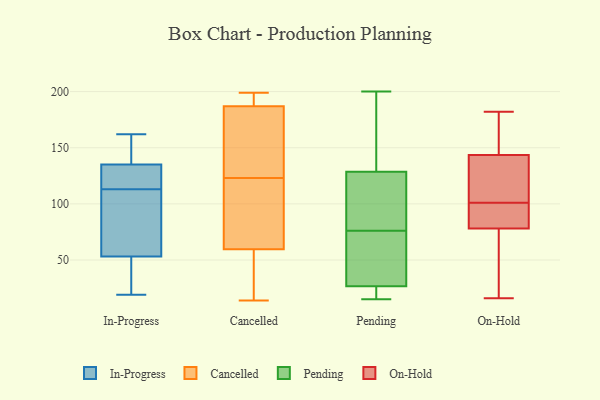
{"axis": {"x": "Bounce Rate (%)", "y": "Value"}, "legend": ["Cancelled", "In-Progress", "On-Hold", "Pending"], "data": [{"x": "", "y": 81, "type": "In-Progress"}, {"x": "", "y": 151, "type": "In-Progress"}, {"x": "", "y": 93, "type": "In-Progress"}, {"x": "", "y": 51, "type": "In-Progress"}, {"x": "", "y": 53, "type": "In-Progress"}, {"x": "", "y": 122, "type": "In-Progress"}, {"x": "", "y": 109, "type": "In-Progress"}, {"x": "", "y": 119, "type": "In-Progress"}, {"x": "", "y": 117, "type": "In-Progress"}, {"x": "", "y": 162, "type": "In-Progress"}, {"x": "", "y": 135, "type": "In-Progress"}, {"x": "", "y": 51, "type": "In-Progress"}, {"x": "", "y": 86, "type": "In-Progress"}, {"x": "", "y": 153, "type": "In-Progress"}, {"x": "", "y": 19, "type": "In-Progress"}, {"x": "", "y": 136, "type": "In-Progress"}, {"x": "", "y": 118, "type": "In-Progress"}, {"x": "", "y": 22, "type": "In-Progress"}, {"x": "", "y": 62, "type": "Cancelled"}, {"x": "", "y": 104, "type": "Cancelled"}, {"x": "", "y": 196, "type": "Cancelled"}, {"x": "", "y": 163, "type": "Cancelled"}, {"x": "", "y": 128, "type": "Cancelled"}, {"x": "", "y": 60, "type": "Cancelled"}, {"x": "", "y": 118, "type": "Cancelled"}, {"x": "", "y": 93, "type": "Cancelled"}, {"x": "", "y": 53, "type": "Cancelled"}, {"x": "", "y": 158, "type": "Cancelled"}, {"x": "", "y": 155, "type": "Cancelled"}, {"x": "", "y": 30, "type": "Cancelled"}, {"x": "", "y": 21, "type": "Cancelled"}, {"x": "", "y": 199, "type": "Cancelled"}, {"x": "", "y": 184, "type": "Cancelled"}, {"x": "", "y": 190, "type": "Cancelled"}, {"x": "", "y": 59, "type": "Cancelled"}, {"x": "", "y": 14, "type": "Cancelled"}, {"x": "", "y": 198, "type": "Cancelled"}, {"x": "", "y": 199, "type": "Cancelled"}, {"x": "", "y": 103, "type": "Pending"}, {"x": "", "y": 54, "type": "Pending"}, {"x": "", "y": 185, "type": "Pending"}, {"x": "", "y": 75, "type": "Pending"}, {"x": "", "y": 156, "type": "Pending"}, {"x": "", "y": 15, "type": "Pending"}, {"x": "", "y": 200, "type": "Pending"}, {"x": "", "y": 28, "type": "Pending"}, {"x": "", "y": 40, "type": "Pending"}, {"x": "", "y": 25, "type": "Pending"}, {"x": "", "y": 18, "type": "Pending"}, {"x": "", "y": 154, "type": "Pending"}, {"x": "", "y": 79, "type": "Pending"}, {"x": "", "y": 18, "type": "Pending"}, {"x": "", "y": 84, "type": "Pending"}, {"x": "", "y": 77, "type": "Pending"}, {"x": "", "y": 182, "type": "On-Hold"}, {"x": "", "y": 135, "type": "On-Hold"}, {"x": "", "y": 101, "type": "On-Hold"}, {"x": "", "y": 99, "type": "On-Hold"}, {"x": "", "y": 77, "type": "On-Hold"}, {"x": "", "y": 92, "type": "On-Hold"}, {"x": "", "y": 103, "type": "On-Hold"}, {"x": "", "y": 104, "type": "On-Hold"}, {"x": "", "y": 162, "type": "On-Hold"}, {"x": "", "y": 16, "type": "On-Hold"}, {"x": "", "y": 101, "type": "On-Hold"}, {"x": "", "y": 39, "type": "On-Hold"}, {"x": "", "y": 152, "type": "On-Hold"}, {"x": "", "y": 58, "type": "On-Hold"}, {"x": "", "y": 152, "type": "On-Hold"}, {"x": "", "y": 79, "type": "On-Hold"}]}